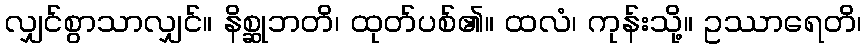
လျှင်စွာသာလျှင်။ နိစ္ဆုဘတိ၊ ထုတ်ပစ်၏။ ထလံ၊ ကုန်းသို့။ ဥဿာရေတိ၊